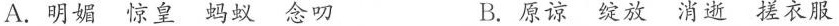
A.明媚 惊皇 蚂蚁 念叨 B.原谅 绽放 消逝搓衣服